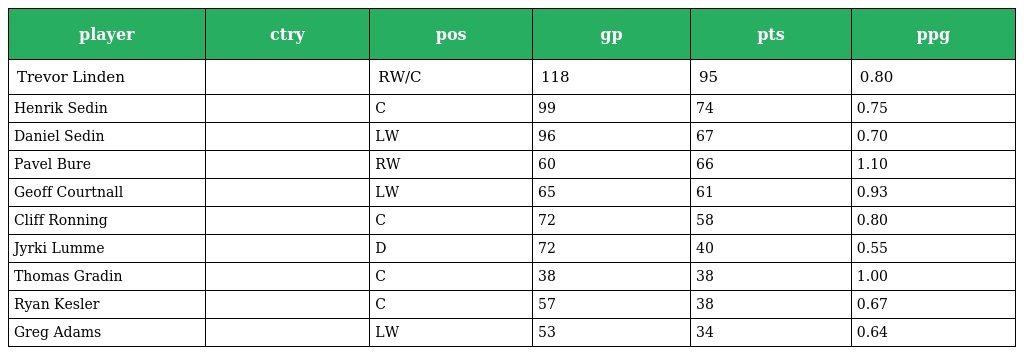
| player | ctry | pos | gp | pts | ppg |
 | --- | --- | --- | --- | --- | --- |
 | Trevor Linden |  | RW/C | 118 | 95 | 0.80 |
 | Henrik Sedin |  | C | 99 | 74 | 0.75 |
 | Daniel Sedin |  | LW | 96 | 67 | 0.70 |
 | Pavel Bure |  | RW | 60 | 66 | 1.10 |
 | Geoff Courtnall |  | LW | 65 | 61 | 0.93 |
 | Cliff Ronning |  | C | 72 | 58 | 0.80 |
 | Jyrki Lumme |  | D | 72 | 40 | 0.55 |
 | Thomas Gradin |  | C | 38 | 38 | 1.00 |
 | Ryan Kesler |  | C | 57 | 38 | 0.67 |
 | Greg Adams |  | LW | 53 | 34 | 0.64 |